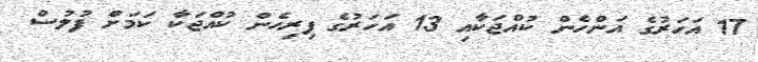
17 އަހަރުގެ އަންހެން ކުއްޖަކާއި 13 އަހަރުގެ ފިރިހެން ކުއްޖަކާ ކަމަށް ފުލުސް